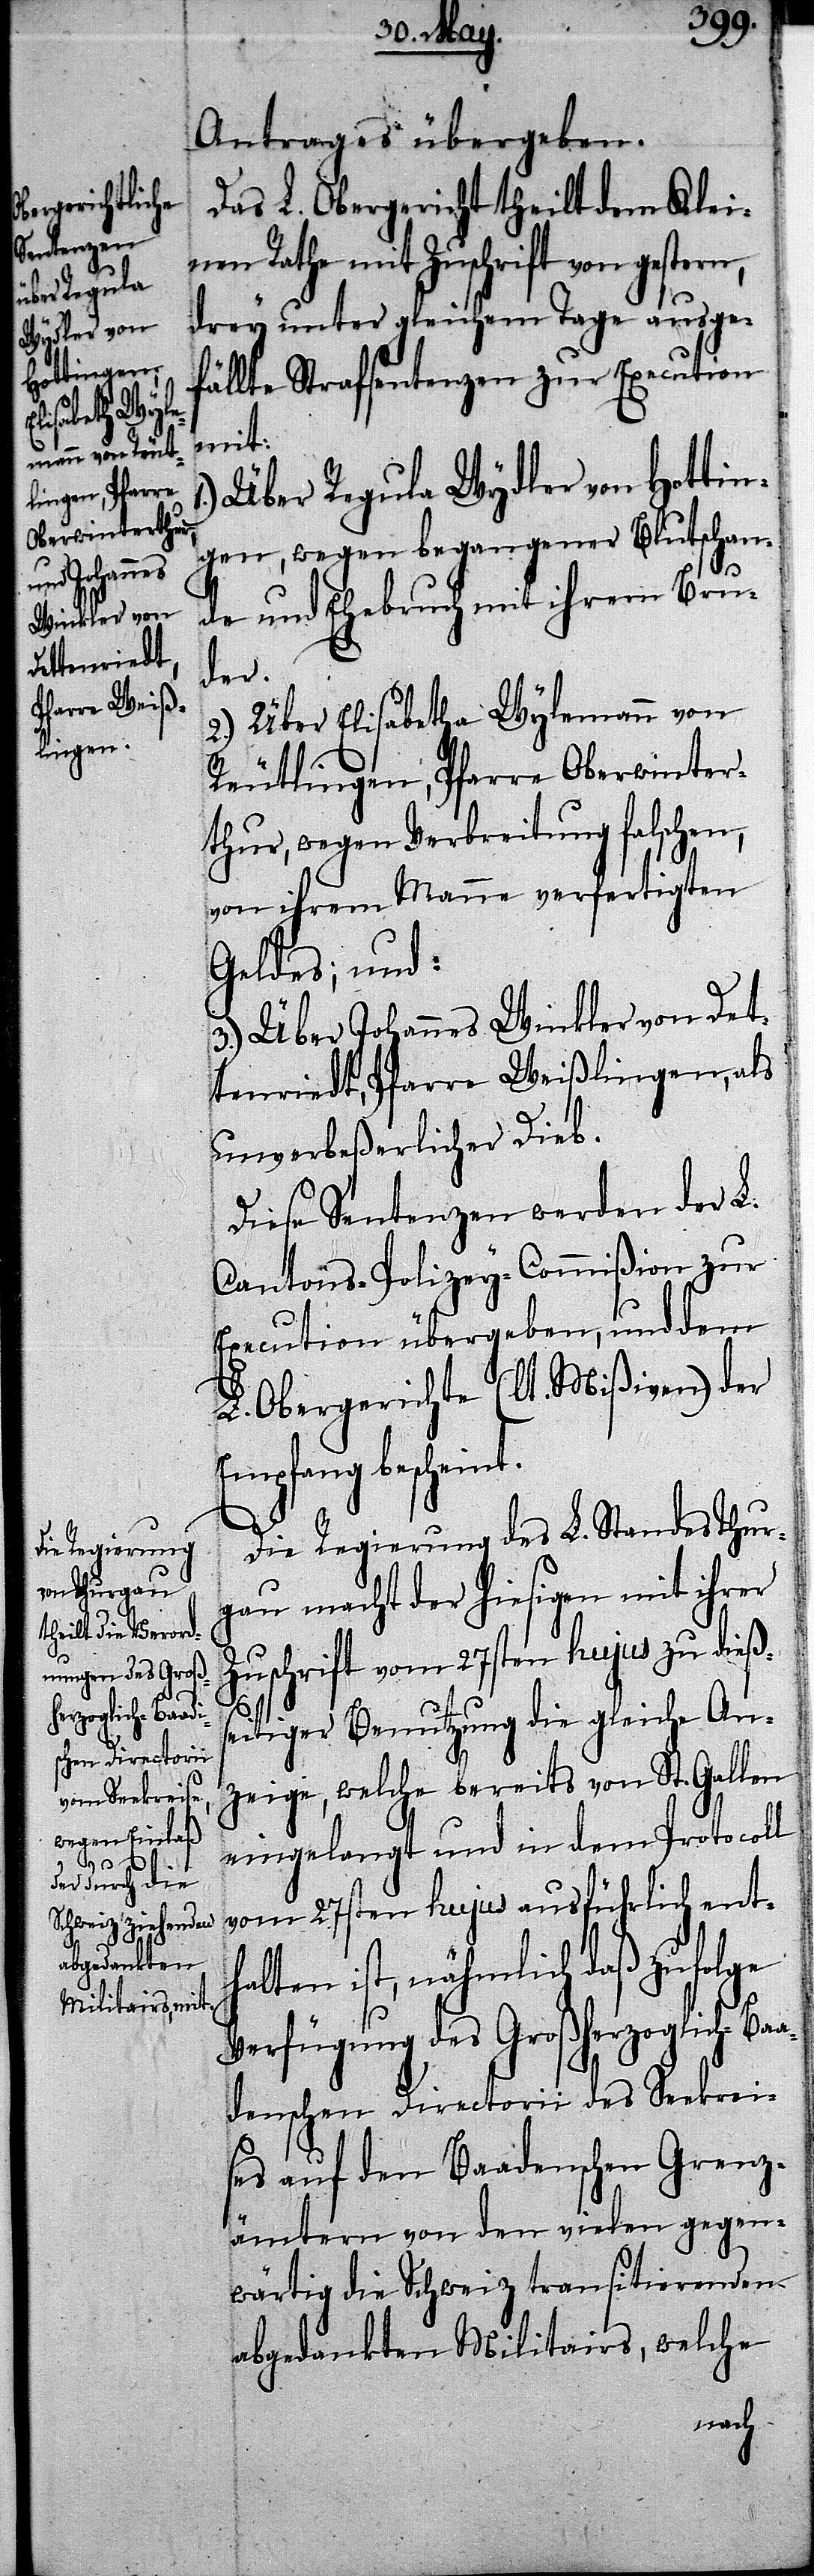
n,

Antrages übergeben.
Das L. Obergericht theilt dem Klei¬
nen Rathe mit Zuschrift von gester¬
drey unter gleichem Tage ausge¬
fällte Strafsentenzen zur Execution
mit:
Über Regula Wydler von Hottin¬
gen, wegen begangener Blutschan¬
de und Ehebruch mit ihrem Bru¬
der.
2.) Über Elisabetha Wylemann von
Reutlingen, Pfarre Oberwinter¬
thur, wegen Verbreitung falschen,
von ihrem Manne verfertigten
Geldes; und:
3.) Über Johannes Winkler von Det¬
tenriedt, Pfarre Weißlingen
Diese Sentenzen werden der L.
Cantons-Polizey-Commißion zur
Execution übergeben, und dem
L. Obergerichte (lt. Mißiven) der
Empfang bescheint.
Die Regierung des L. Standes Thur¬
gau macht der hiesigen mit ihrer
Zuschrift vom 27sten hujus zu dießs¬
eitiger Benutzung die gleiche An¬
zeige, welche bereits von St. Gallen
eingelangt und in dem Protocoll
vom 27sten hujus ausführlich enth¬
alten ist, nähmlich daß zufolge
Verfügung des Großherzoglich-Baa¬
denschen Directorii des Seekrei¬
ses auf den Baadenschen Grenz¬
ämtern von den vielen gegen¬
wärtig die Schweiz transitierenden
abgedankten Militairs, welche